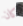
كان